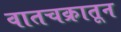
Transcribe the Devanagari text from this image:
वातचक्रातून